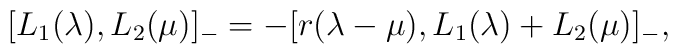
[L\sb 1(\lambda), L\sb 2(\mu)]\sb - = -[r(\lambda-\mu), L\sb 1(\lambda)+L\sb 2(\mu)]\sb -,